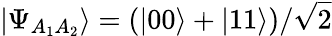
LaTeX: \vert\Psi_{A_{1}A_{2}}\rangle=(\vert 00\rangle+\vert 11\rangle)/\sqrt{2}